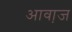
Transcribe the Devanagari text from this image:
आवा़ज